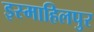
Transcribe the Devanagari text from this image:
इस्माहिलपुर